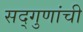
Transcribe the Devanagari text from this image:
सद्गुणांची